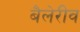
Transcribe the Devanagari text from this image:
बैलेरीव